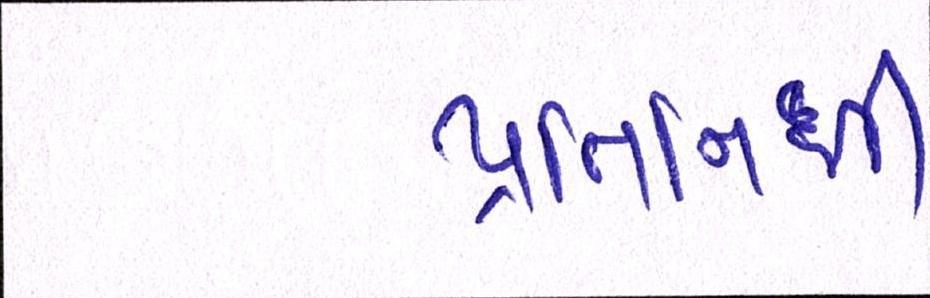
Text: પ્રતિનિધી